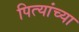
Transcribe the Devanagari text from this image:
पित्यांच्या